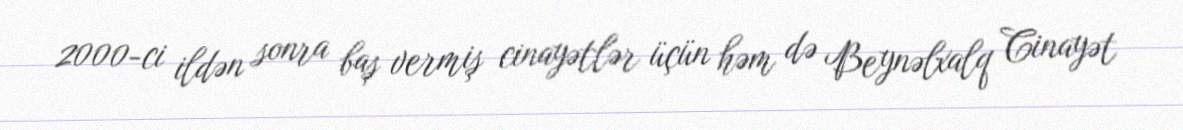
2000-ci ildən sonra baş vermiş cinayətlər üçün həm də Beynəlxalq Cinayət